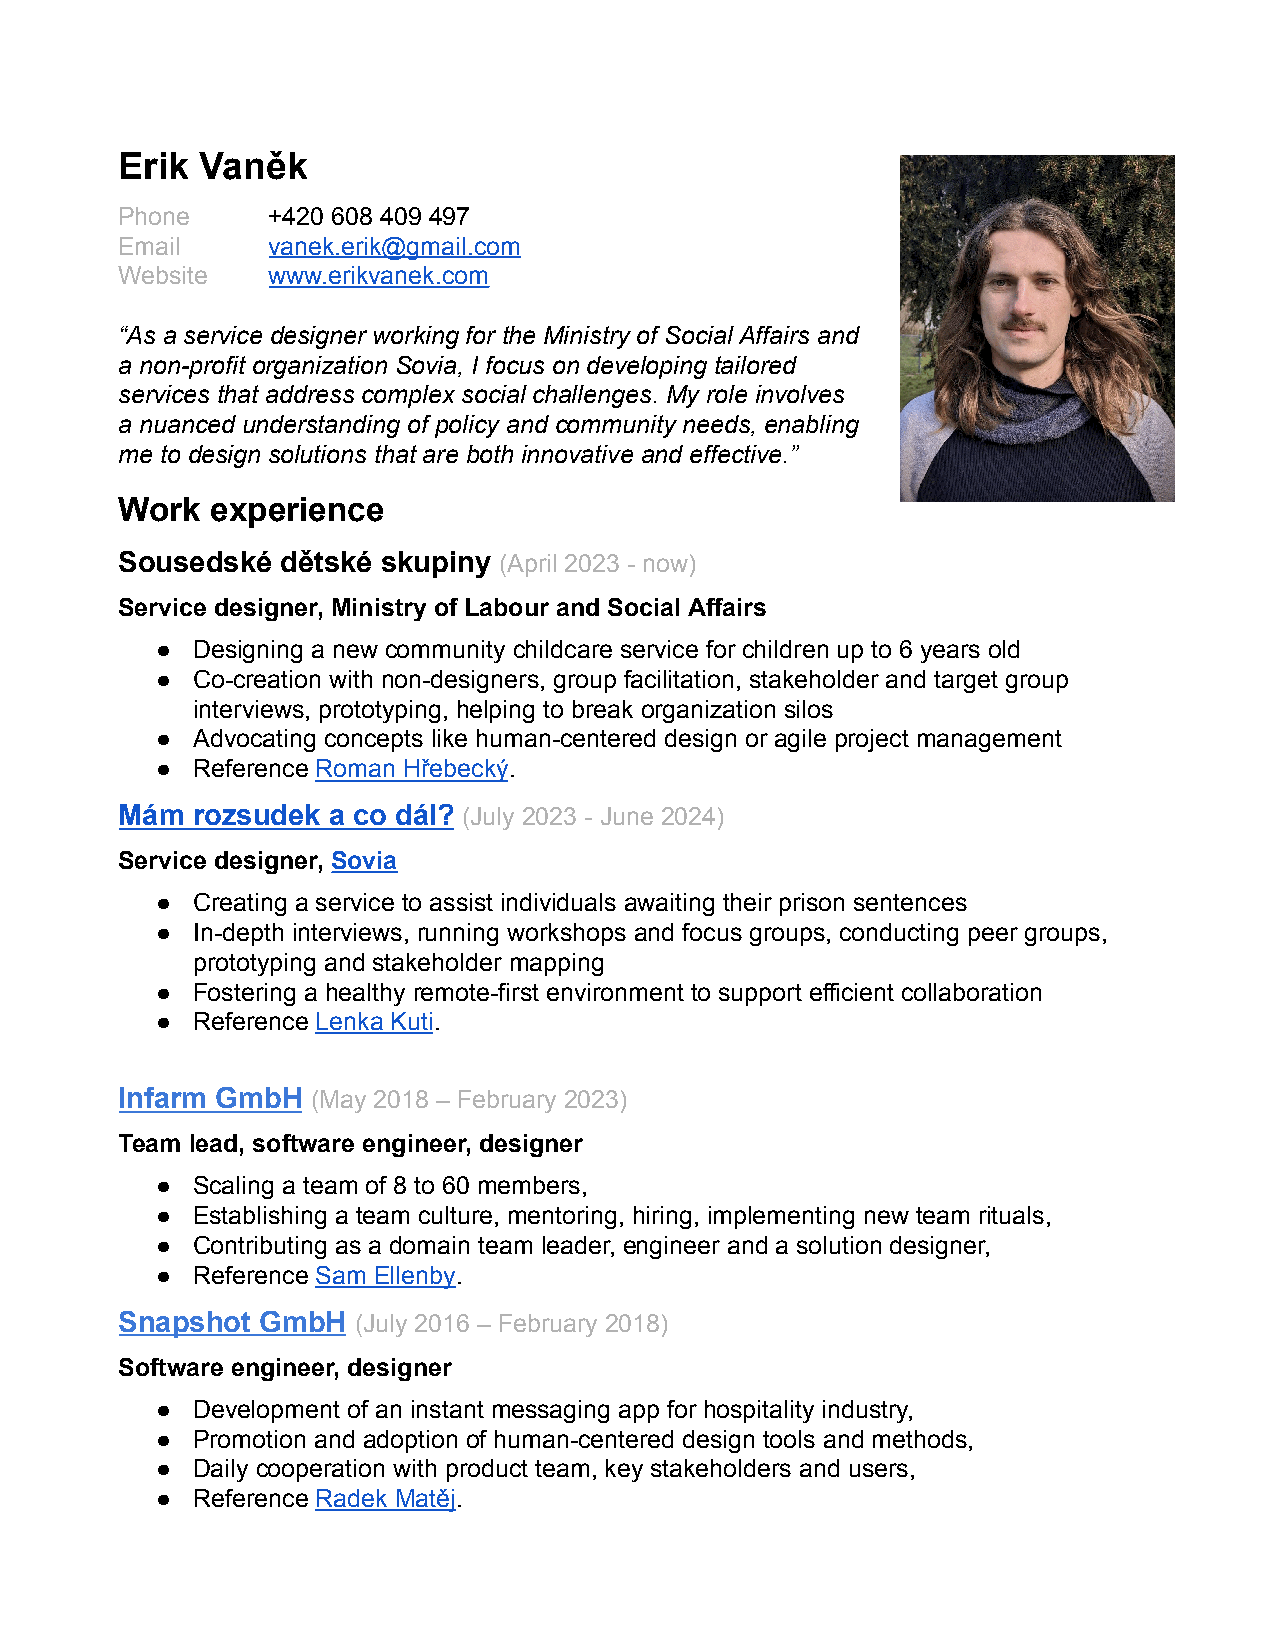
Erik Vaněk
 Phone     +420 608 409 497
 Email     vanek.erik@gmail.com
 Website   www.erikvanek.com
 “As a service designer working for the Ministry of Social Affairs and
 a non-profit organization Sovia, I focus on developing tailored
 services that address complex social challenges. My role involves
 a nuanced understanding of policy and community needs, enabling
 me to design solutions that are both innovative and effective.”
 Work  experience
 Sousedské  dětské skupiny (April 2023 - now)
 Service designer, Ministry of Labour and Social Affairs
 ●  Designing a new community childcare service for children up to 6 years old
 ●  Co-creation with non-designers, group facilitation, stakeholder and target group
 interviews, prototyping, helping to break organization silos
 ●  Advocating concepts like human-centered design or agile project management
 ●  Reference Roman Hřebecký.
 Mám  rozsudek a co dál? (July 2023 - June 2024)
 Service designer, Sovia
 ●  Creating a service to assist individuals awaiting their prison sentences
 ●  In-depth interviews, running workshops and focus groups, conducting peer groups,
 prototyping and stakeholder mapping
 ●  Fostering a healthy remote-first environment to support efficient collaboration
 ●  Reference Lenka Kuti.
 Infarm GmbH  (May 2018 – February 2023)
 Team lead, software engineer, designer
 ●  Scaling a team of 8 to 60 members,
 ●  Establishing a team culture, mentoring, hiring, implementing new team rituals,
 ●  Contributing as a domain team leader, engineer and a solution designer,
 ●  Reference Sam Ellenby.
 Snapshot GmbH  (July 2016 – February 2018)
 Software engineer, designer
 ●  Development of an instant messaging app for hospitality industry,
 ●  Promotion and adoption of human-centered design tools and methods,
 ●  Daily cooperation with product team, key stakeholders and users,
 ●  Reference Radek Matěj.